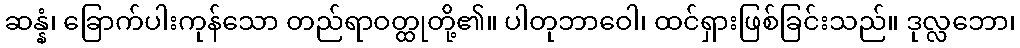
ဆန္နံ၊ ခြောက်ပါးကုန်သော တည်ရာဝတ္ထုတို့၏။ ပါတုဘာဝေါ၊ ထင်ရှားဖြစ်ခြင်းသည်။ ဒုလ္လဘော၊